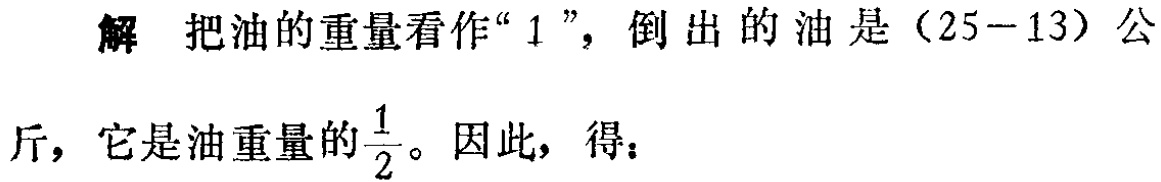
解 把油的重量看作“$1$”，倒出的油是$(25 - 13)$公斤，它是油重量的$\frac{1}{2}$。因此，得：